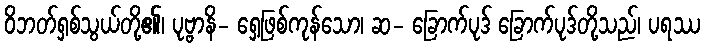
ဝိဘတ်ရှစ်သွယ်တို့၏၊ ပုဗ္ဗာနိ- ရှေ့ဖြစ်ကုန်သော၊ ဆ- ခြောက်ပုဒ် ခြောက်ပုဒ်တို့သည်၊ ပရဿ